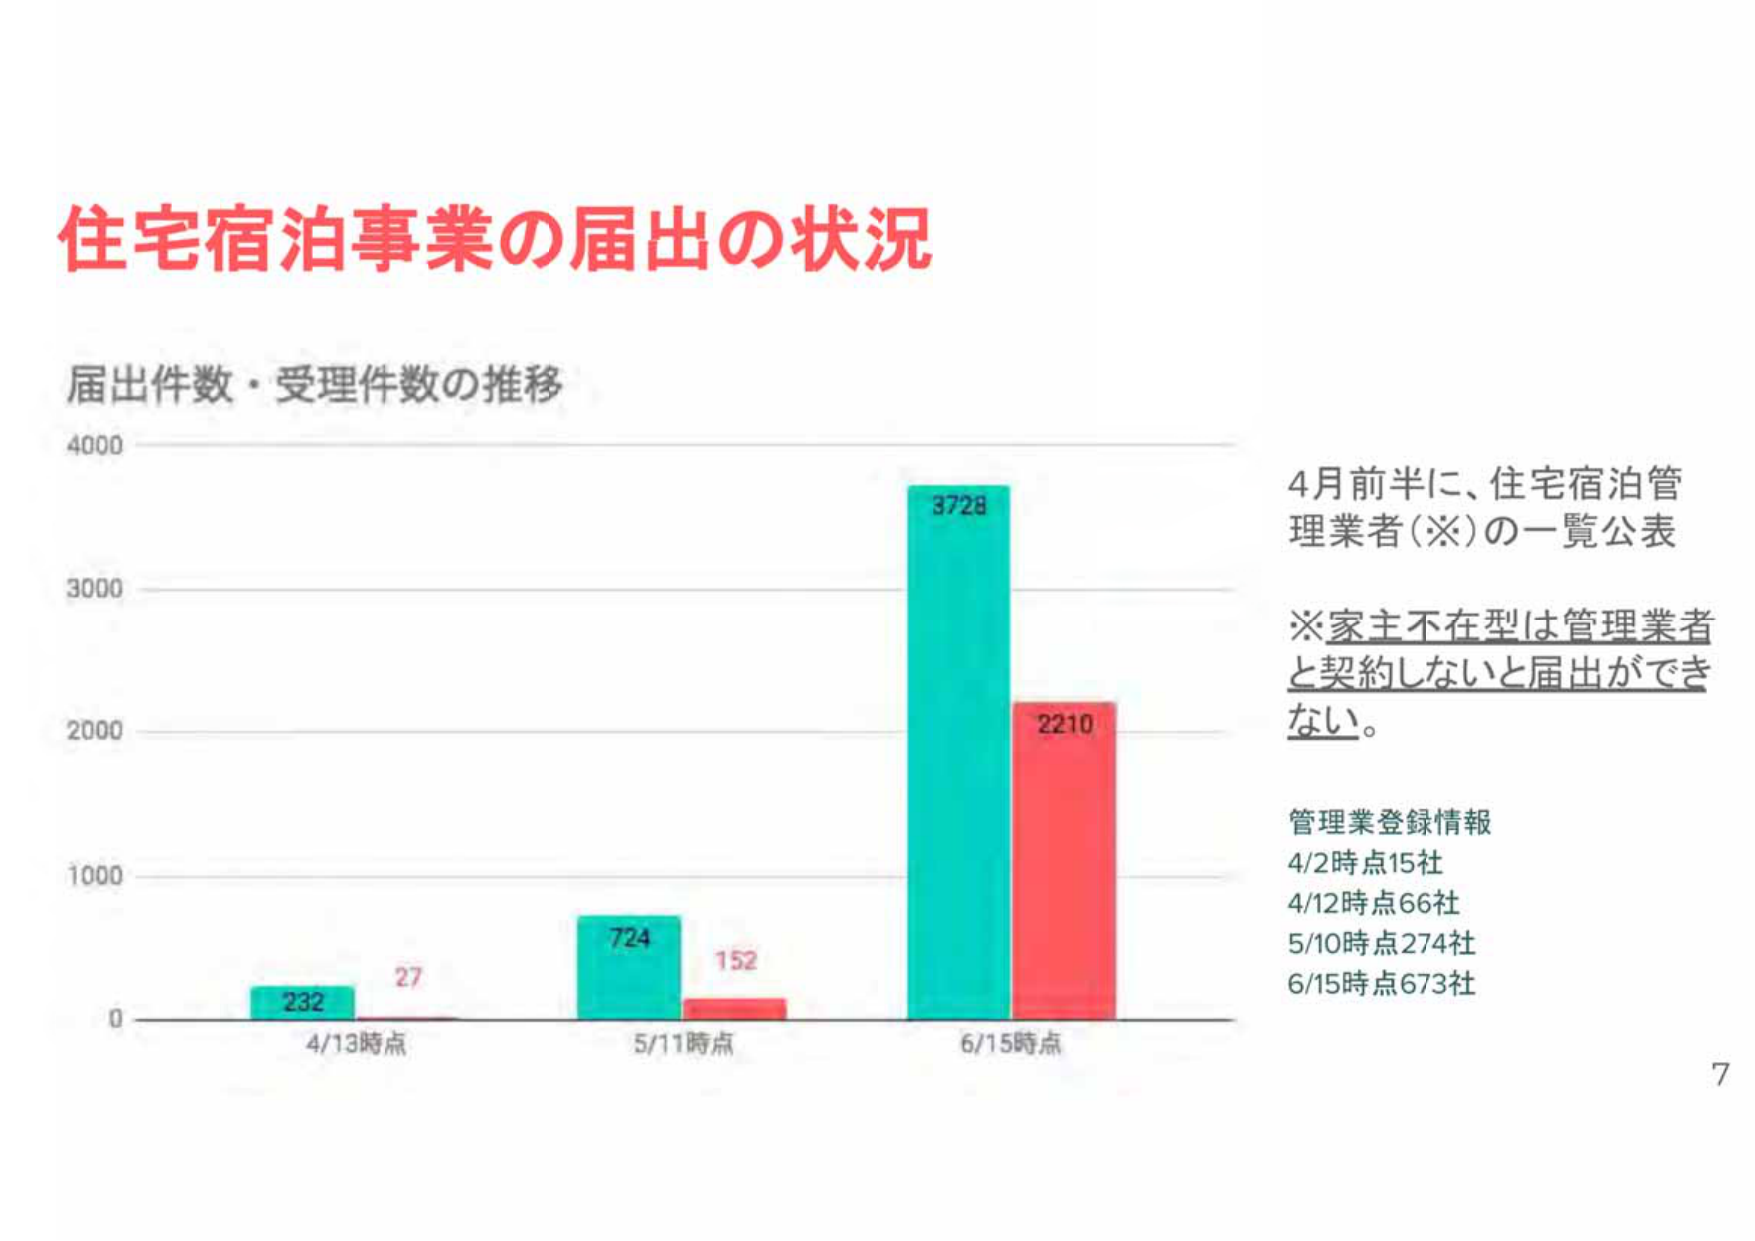
住宅宿泊事業の届出の状況

届出件数・受理件数の推移

4000
3728
3000
2210
2000
724
152
232
27
1000
0
4/13時点
5/11時点
6/15時点

4月前半に、住宅宿泊管理業者(※)の一覧公表

※家主不在型は管理業者と契約しないと届出ができない。

管理業登録情報
4/2時点15社
4/12時点66社
5/10時点274社
6/15時点673社

7